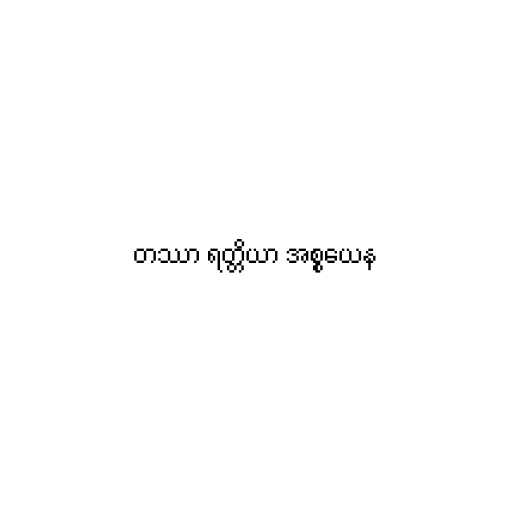
တဿာ ရတ္တိယာ အစ္စယေန